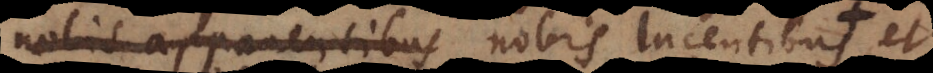
nobis apparentibus nobis lucentibus, qu